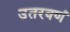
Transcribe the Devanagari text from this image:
उतरवणं